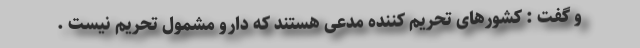
و گفت : کشورهای تحریم کننده مدعی هستند که دارو مشمول تحریم نیست .